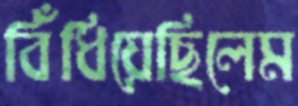
বিঁধিয়েছিলেম